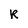
Character: R